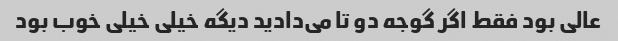
عالی بود فقط اگر گوجه دو تا می‌دادید دیگه خیلی خیلی خوب بود